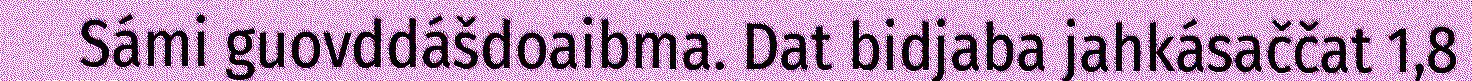
Sámi guovddášdoaibma. Dat bidjaba jahkásaččat 1,8